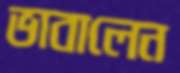
ভাবালেন